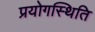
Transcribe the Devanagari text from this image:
प्रयोगस्थिति